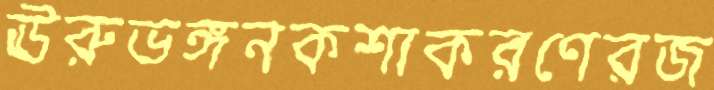
ঊরুভঙ্গনকশাকরণেরজ